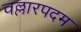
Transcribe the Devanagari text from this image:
वल्लारपदम